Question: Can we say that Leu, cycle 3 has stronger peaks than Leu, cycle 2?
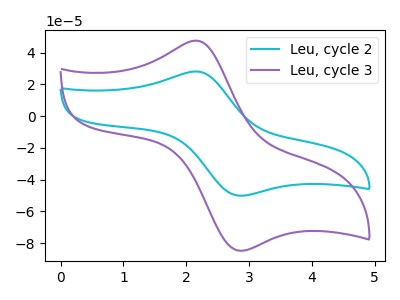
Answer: <think>The cyan curve "Leu, cycle 2" has an anodic peak at (2.15V, 28.10uA) and a cathodic peak at (2.85V, -50.20uA). The purple curve "Leu, cycle 3" has an anodic peak at (2.15V, 47.50uA) and a cathodic peak at (2.85V, -84.85uA).</think>
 <answer>Every peak in "Leu, cycle 3" is higher than every peak in "Leu, cycle 2".</answer>
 <eval>higher</eval>